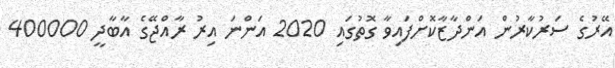
އޭރުގެ ސަރުކާރުން އަންދާޒާކޮށްފައިވާ ގޮތުގައި 2020 އަންނަ އިރު ރާއްޖޭގެ އާބާދީ 400000